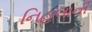
નિહલાની